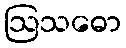
ဩသဓော